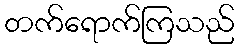
တက်ရောက်ကြသည်